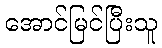
အောင်မြင်ပြီးသူ